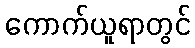
ကောက်ယူရာတွင်